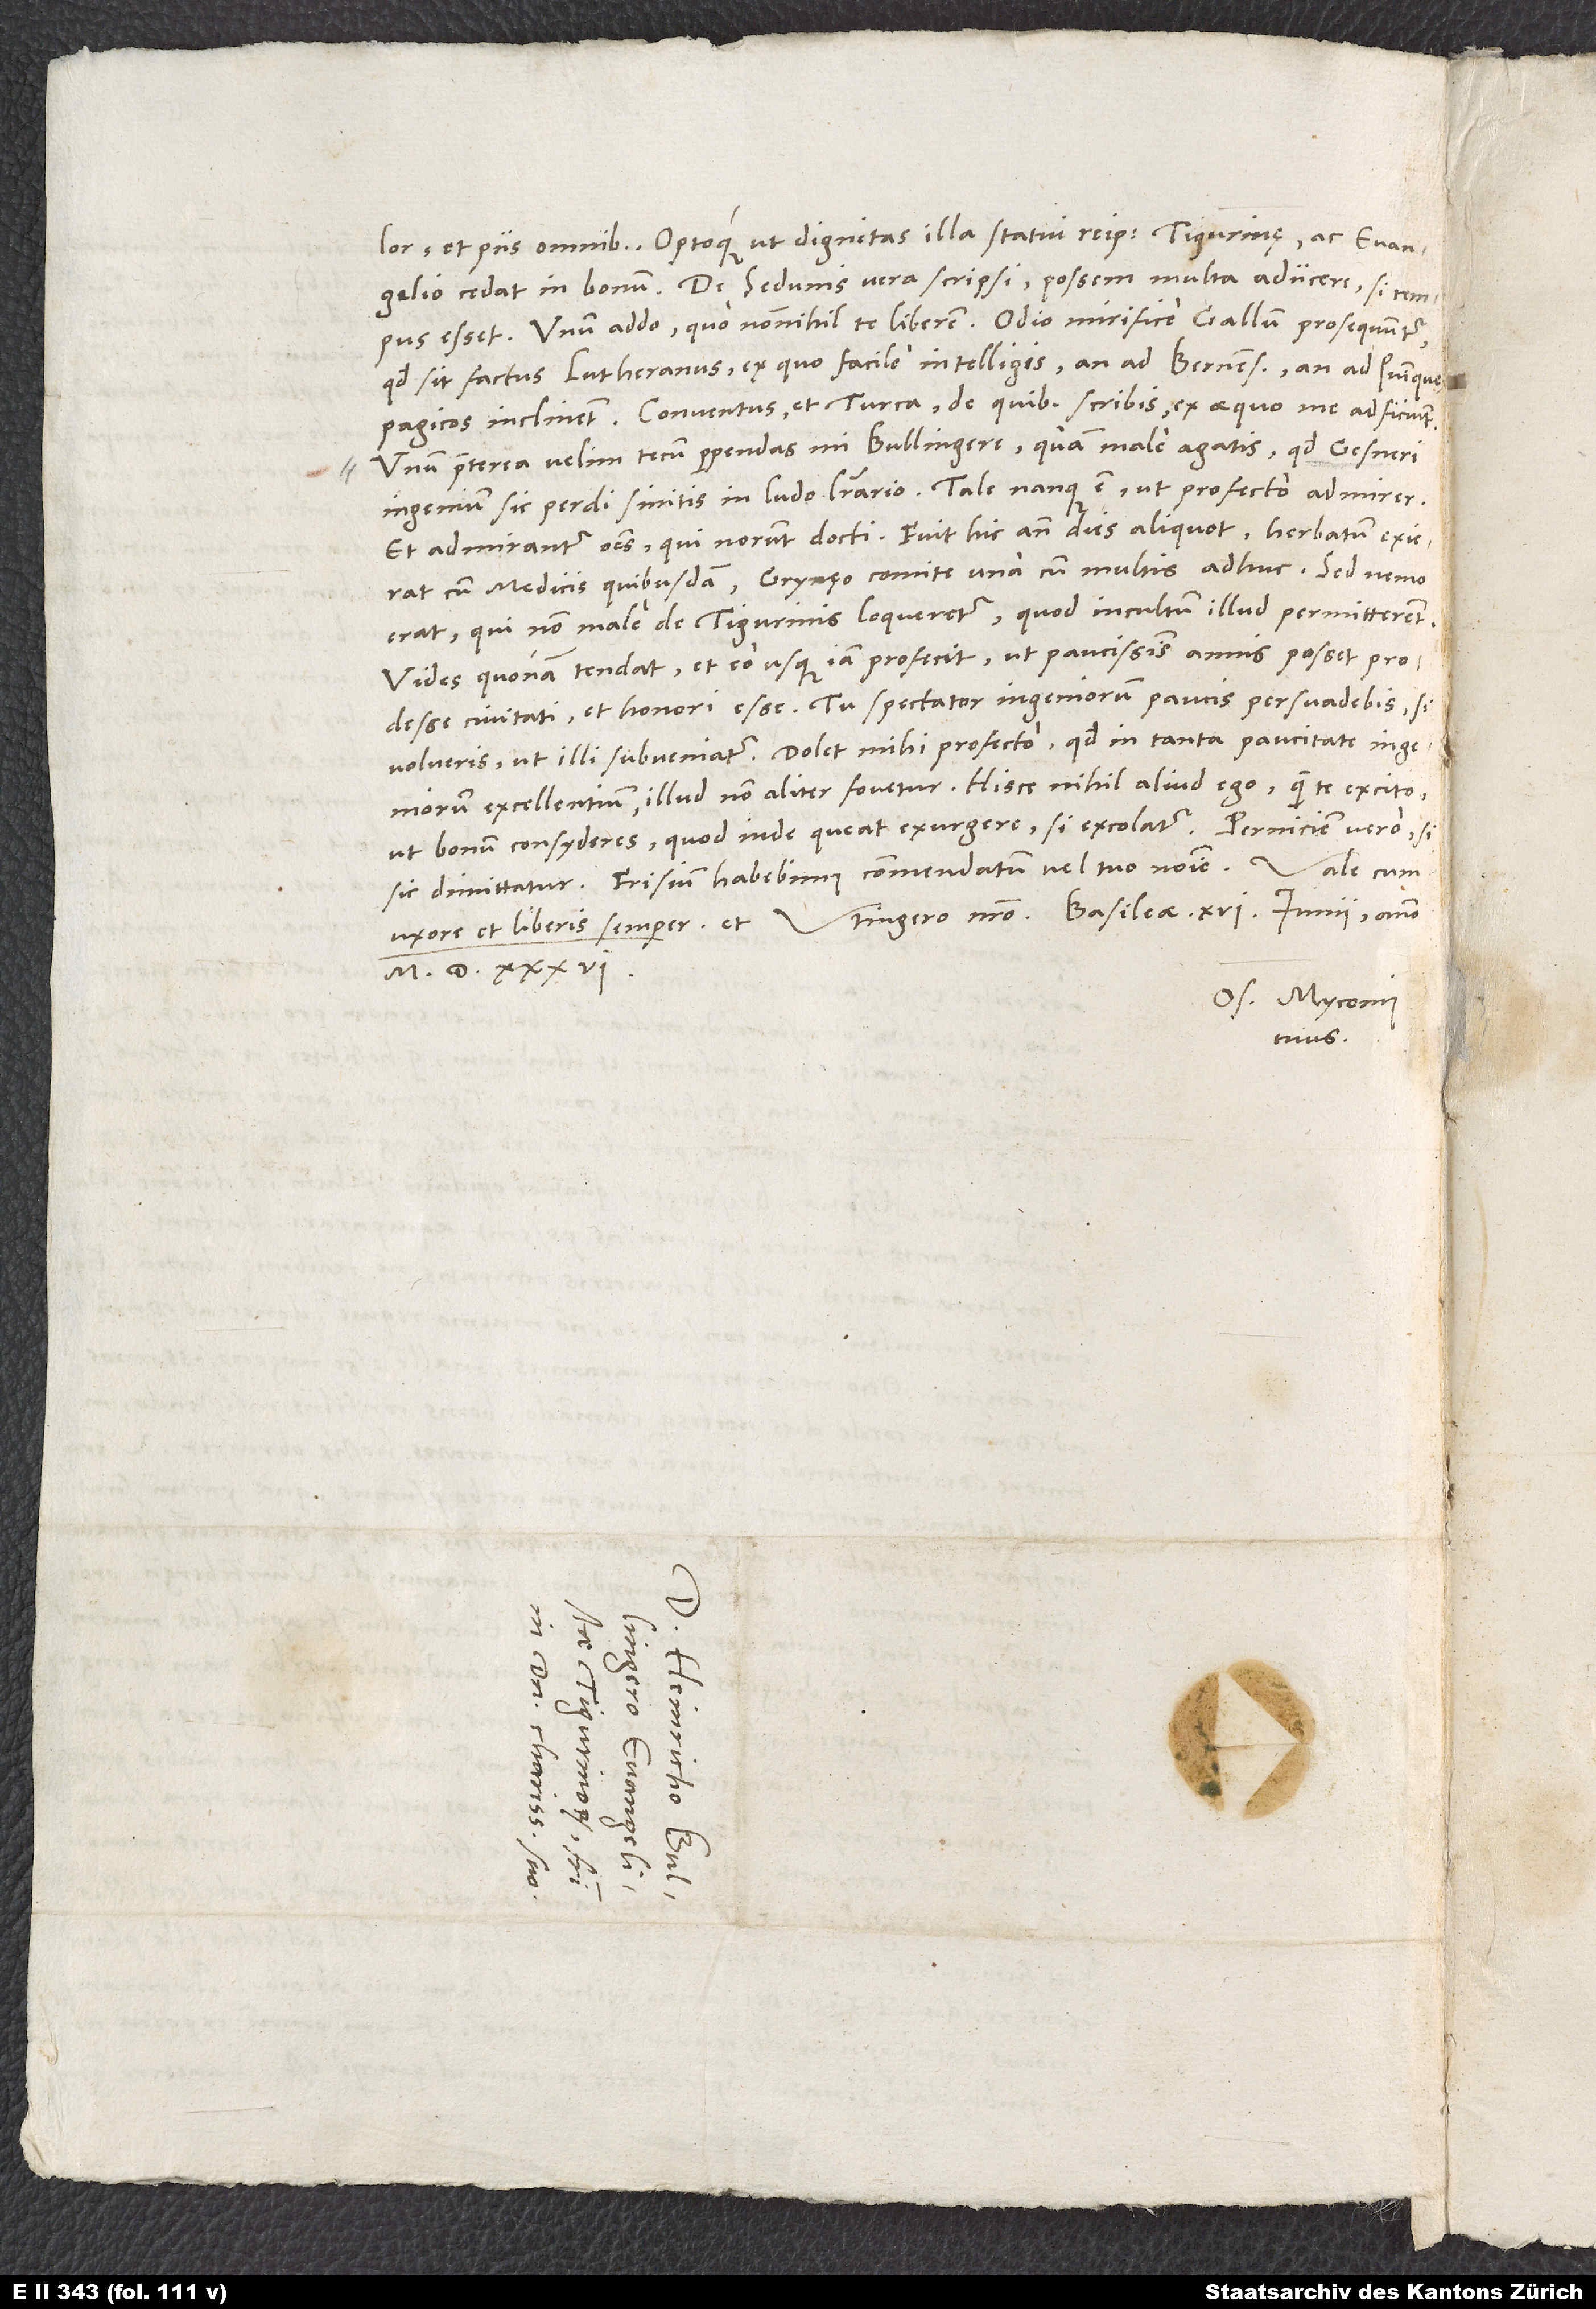
et piis omnibus optoque, ut dignitas illa statui reipublicae Tigurinę ac evangelio cedat
De Sedunis vera scripsi. Possem multa adiicere, si tempus
esset. Unum addo, quo nonnihil te liberem: Odio mirifice Gallum prosequuntur,
quod sit factus Lutheranus, ex quo facile intelligis, an ad Bernenses an ad Quinquepagicos
Unum praeterea velim, tecum perpendas, mi Bullingere: quam male agatis, quod Gesneri
ingenium sic perdi sinitis in ludo literario. Tale nanque est, ut profecto admirer,
et admirantur omnes, qui norunt, docti. Fuit hic ante dies aliquot, herbatum exierat
cum medicis quibusdam Grynęo comite una cum multis adhuc; sed nemo
erat, qui non male de Tigurinis loqueretur, quod incultum illud permitterent.
Vides, quonam tendat, et eo usque iam profecit, ut paucissimis annis posset prodesse
civitati et honori esse. Tu spectator ingeniorum paucis persuadebis, si
volueris, ut illi subveniatur. Dolet mihi profecto, quod in tanta paucitate ingeniorum
excellentium illud non aliter fovetur. Hisce nihil aliud ego quam te excito,
ut bonum consyderes, quod inde queat exurgere, si excolatur, perniciem vero, si
Os. Myconius
tuus.
S.